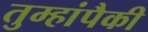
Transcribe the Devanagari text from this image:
तुम्हांपैकी